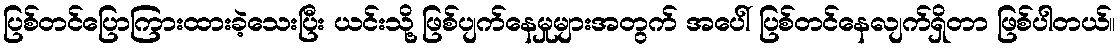
ပြစ်တင်ပြောကြားထားခဲ့သေးပြီး ယင်းသို့ ဖြစ်ပျက်နေမှုများအတွက် အပေါ် ပြစ်တင်နေလျက်ရှိတာ ဖြစ်ပါတယ်။